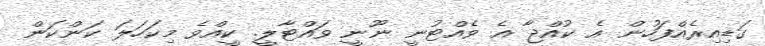
ގަޑިއިރެއްފަހުން އެ ކުއްޖާ އެ ވެއްޓުނީ ނޫނީ ވައްޓާލީ. ކީއްވެ މިކަހަލަ ކަންކަން